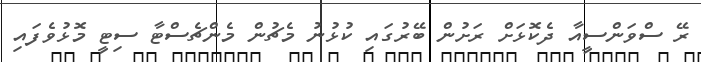
ރޭ ސްވަންސީއާ ދެކޮޅަށް ރަށުން ބޭރުގައި ކުޅުނު މެޗުން މެންޗެސްޓާ ސިޓީ މޮޅުވެފައި